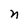
Character: n